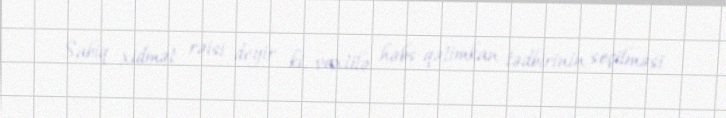
Sabiq xidmət rəisi deyir ki, vaxtilə həbs-qətimkan tədbirinin seçilməsi